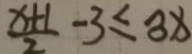
\frac { x + 1 } { 2 } - 3 \leq 3 x